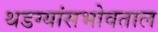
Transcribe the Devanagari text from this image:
थडग्यांसभोवताल